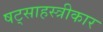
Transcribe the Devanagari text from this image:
षट्साहस्त्रीकार